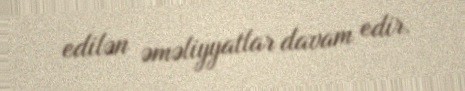
edilən əməliyyatlar davam edir.